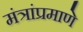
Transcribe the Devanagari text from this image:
मंत्रांप्रमाणे